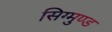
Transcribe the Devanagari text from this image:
सिग्मुण्ड